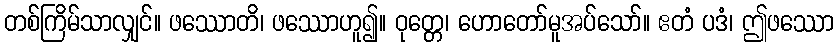
တစ်ကြိမ်သာလျှင်။ ဖဿောတိ၊ ဖဿောဟူ၍။ ဝုတ္တေ၊ ဟောတော်မူအပ်သော်။ ဧတံ ပဒံ၊ ဤဖဿော